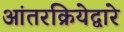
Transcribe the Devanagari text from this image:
आंतरक्रियेद्वारे